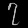
Digit: ၇